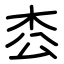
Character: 枩